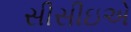
સીસીઇએ